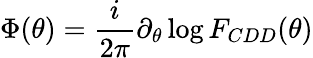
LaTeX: \Phi(\theta)={\frac{i}{2\pi}}\partial_{\theta}\log F_{CDD}(\theta)